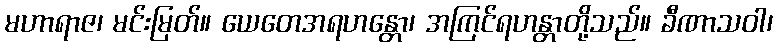
မဟာရာဇ၊ မင်းမြတ်။ ယေတေအရဟန္တော၊ အကြင်ရဟန္တာတို့သည်။ ခီဏာသဝါ၊